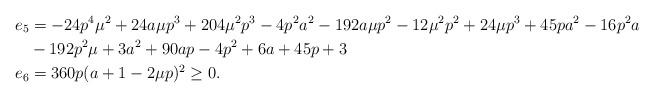
LaTeX: \begin{align*}e_5&=-24 p^4\mu^2+24 a\mu p^3+204 \mu^2 p^3-4p^2a^2-192 a\mu p^2-12 \mu^2 p^2+24 \mu p^3+45 pa^2-16 p^2a \\ &-192 p^2\mu+3 a^2+90 ap-4 p^2+6a+45p+3\\e_6&=360 p (a+1-2\mu p)^2\ge 0.\end{align*}